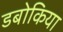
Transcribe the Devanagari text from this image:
डबोकिया